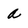
Character: a